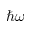
\hbar \omega